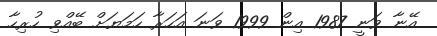
އޭނާ ވަނީ 1987 އިން 1999 ވަނަ އަހަރާ ހަމަޔަށް ބޭއްވި ހުރިހާ